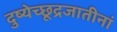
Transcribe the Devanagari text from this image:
दुष्येच्छूद्रजातीनां